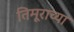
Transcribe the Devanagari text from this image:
तिमूराच्या